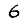
Digit: 6